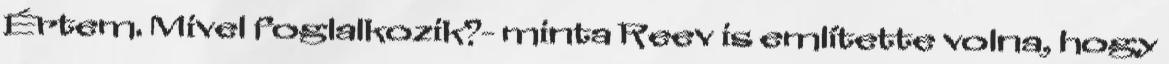
Értem. Mivel foglalkozik?- minta Reev is említette volna, hogy